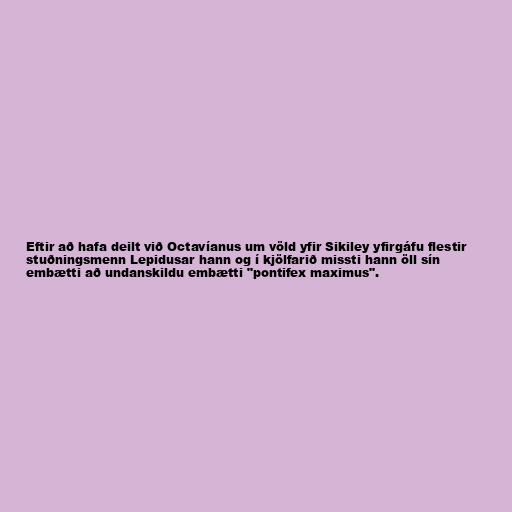
Eftir að hafa deilt við Octavíanus um völd yfir Sikiley yfirgáfu flestir
stuðningsmenn Lepidusar hann og í kjölfarið missti hann öll sín
embætti að undanskildu embætti "pontifex maximus".